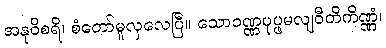
အနုဝိစရိ၊ စံတော်မူလှလေပြီ။ သောဝဏ္ဏပုပ္ဖမလျဝီတိကိဏ္ဏံ၊